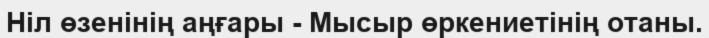
Ніл өзенінің аңғары - Мысыр өркениетінің отаны.